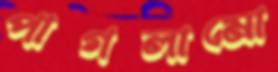
পাগলামো